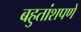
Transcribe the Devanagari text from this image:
बहुतांशपणे